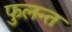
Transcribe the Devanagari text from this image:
फुलन्त